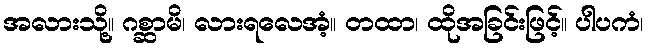
အလားသို့။ ဂစ္ဆာမိ၊ လားရလေအံ့။ တထာ၊ ထိုအခြင်းဖြင့်။ ပါပကံ၊